Medical and sanitary report of the native army of Madras for the year
Year: 1878
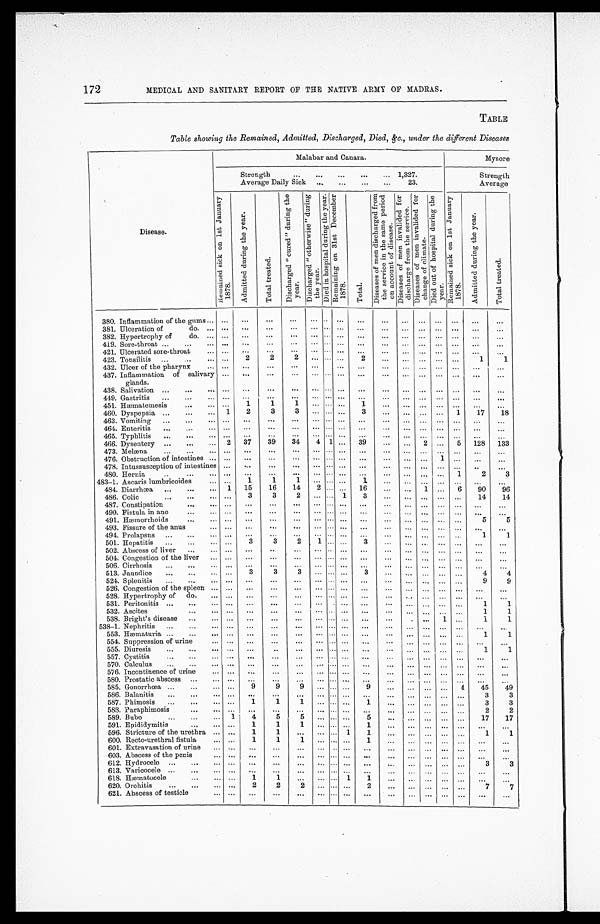
172
MEDICAL AND SANITARY REPORT OF THE NATIVE ARMY OF MADRAS.
TABLE
Table showing the Remained, Admitted, Discharged, Died, &c., under the different Diseases
Disease.
Malabar and Canara.
Mysore
Strength . . .
1,327.
Strength
Average Daily Sick . . .
23.
Average
R e m a i n e d s i c k o n 1 s t J a n u a r y 1 8 7 8 .
A d m i t t e d d u r i n g t h e y e a r .
T o t a l t r e a t e d .
D i s c h a r g e d " c u r e d " d u r i n g t h e y e a r .
D i s c h a r g e d " o t h e r w i s e " d u r i n g t h e y e a r .
D i e d i n h o s p i t a l d u r i n g t h e y e a r .
R e m a i n i n g o n 3 1 s t D e c e m b e r 1 8 7 8 .
T o t a l .
D i s e a s e s o f m e n d i s c h a r g e d f r o m t h e s e r v i c e i n t h e s a m e p e r i o d o n a c c o u n t o f d i s e a s .
D i s e a s e s o f m e n i n v a l i d e d f o r d i s c h a r g e f r o m t h e s e r v i c e .
D i s e a s e s o f m e n i n v a l i d e d f o r c h a n g e o f c l i m a t e .
D i e d o u t o f h o s p i t a l d u r i n g t h e y e a r .
R e m a i n e d s i c k o n s i c k o n 1 s t J a n u a r y 1 8 7 8 .
A d m i t t e d d u r i n g t h e y e a r .
T o t a l t r e a t e d .
380. Inflammation of the gums . . . . . .
. . .
. . .
. . .
. . .
. . . . . .
. . .
. . .
. . . . . . . . .
. . .
. . .
. . .
381. Ulceration of
do . . . . . .
. . .
. . .
. . .
. . .
. . . . . .
. . .
. . .
. . . . . . . . .
. . .
. . .
. . .
382. Hypertrophy of
do. . . . . .
. . .
. . .
. . .
. . .
. . . . . .
. . .
. . .
. . . . . . . . .
. . .
. . .
. . .
419. Sore-throat . . . . . .
. . .
. . .
. . .
. . .
. . . . . .
. . .
. . .
. . .
. . . . . .
. . .
. . .
. . .
421. Ulcerated sore-throat . . .
. . .
. . .
. . .
. . .
. . .
. . . . . .
. . .
. . .
. . . . . .
. . .
. . . . . .
. . .
423. Tonsilitis . . . . . .
2
2
2
. . .
. . . . . .
2
. . .
. . .
. . . . . .
. . .
1
1
432. Ulcer of the pharynx . . . . . .
. . .
. . .
. . .
. . .
. . . . . .
. . .
. . .
. . .
. . .
. . . . . .
. . .
. . .
437. Inflammation of salivary
glands.
. . .
. . .
. . .
. . .
. . .
. . . . . .
. . .
. . .
. . .
. . . . . .
. . .
. . .
. . .
438. Salivation
. . . . . .
. . .
. . .
. . .
. . .
. . .
. . .
. . .
. . .
. . . . . .
. . .
. . .
. . .
. . .
449. Gastritis . . . . . .
. . .
. . .
. . .
. . .
. . . . . .
. . .
. . .
. . .
. . .
. . .
. . .
. . .
. . .
1
1
451. Hæmatemesis . . . . . .
1
. . .
. . . . . .
1
. . .
. . .
. . .
. . .
. . .
. . .
. . .
460. Dyspepsia . . .
1
2
3
3
. . .
. . . . . .
3
. . .
. . .
. . .
. . .
1
1 7
1 8
463. Vomiting . . .
. . .
. . .
. . .
. . .
. . .
. . . . . .
. . .
. . .
. . .
. . .
. . .
. . .
. . .
. . .
464. Enteritis . . . . . .
. . .
. . . . . .
. . .
. . . . . .
. . .
. . .
. . .
. . .
. . .
. . .
. . .
. . .
465. Typhlitis . . . . . .
. . .
. . .
. . .
. . . . . . . . .
. . .
. . .
. . .
. . .
. . .
. . .
. . .
. . .
466. Dysentery . . . 2
37
39
34
4 1 . . .
39
. . .
. . .
2
. . .
5
128
133
473. Melæna . . . . . .
. . .
. . .
. . .
. . . . . . . . .
. . .
. . .
. . .
. . .
. . .
. . .
. . .
. . .
476. Obstruction of intestines . . . . . .
. . .
. . .
. . .
. . .
. . . . . .
. . .
. . .
. . .
. . . 1
. . .
. . .
. . .
478. Intussusception of intestines . . .
. . .
. . .
. . .
. . .
. . . . . .
. . .
. . .
. . .
. . .
. . .
. . .
. . .
. . .
480. Hernia . . . . . .
. . .
. . .
. . .
. . .
. . . . . .
. . .
. . .
. . .
. . .
. . .
1
2
3
483-1. Ascaris lumbricoides . . . . . .
1
1
1
. . .
. . . . . .
1
. . .
. . .
. . .
. . .
. . .
. . .
. . .
484. Diarrhœa . . . 1
15
16
14
2
. . . . . .
16
. . .
. . .
1
. . .
6
90
96
486. Colic . . . . . .
3
3
2
. . .
. . . 1
3
. . .
. . .
. . .
. . .
. . .
14
14
487. Constipation . . . . . .
. . .
. . .
. . .
. . . . . . . . .
. . .
. . .
. . .
. . .
. . . . . .
. . .
. . .
490. Fistula in ano . . . . . .
. . .
. . .
. . .
. . .
. . . . . .
. . .
. . .
. . . . . .
. . .
. . .
. . .
. . .
491. Hæmorrhoids . . . . . .
. . .
. . .
. . .
. . .
. . . . . .
. . .
. . .
. . .
. . .
. . .
. . .
5
5
493. Fissure of the anus . . . . . .
. . .
. . .
. . .
. . .
. . . . . .
. . .
. . .
. . .
. . .
. . .
. . . . . .
. . .
494. Prolapsus . . . . . .
. . .
. . .
. . .
. . .
. . . . . .
. . .
. . .
. . .
. . .
. . .
. . .
1
1
501. Hepatitis . . . . . .
3
3
2
1
. . . . . .
3
. . .
. . .
. . .
. . .
. . .
. . .
. . .
502. Abscess of liver . . .
. . .
. . .
. . .
. . .
. . .
. . . . . .
. . .
. . .
. . .
. . .
. . .
. . .
. . .
. . .
504. Congestion of the liver . . . . . .
. . .
. . .
. . .
. . .
. . . . . .
. . .
. . .
. . .
. . .
. . .
. . .
. . .
. . .
506. Cirrhosis . . .
. . .
. . .
. . .
. . .
. . .
. . . . . .
. . .
. . .
. . .
. . .
. . .
. . .
. . .
. . .
513. Jaundice . . .
. . .
3
3
3
. . .
. . . . . .
3
. . .
. . .
. . . . . .
. . .
4
4
524. Splenitis . . .
. . .
. . .
. . .
. . .
. . .
. . . . . .
. . .
. . .
. . .
. . . . . .
. . .
9
9
526. Congestion of the spleen . . . . . .
. . .
. . .
. . .
. . .
. . . . . .
. . .
. . .
. . . . . .
. . .
. . .
. . .
. . .
528. Hypertrophy of do. . . . . . .
. . .
. . .
. . .
. . .
. . . . . .
. . .
. . .
. . .
. . . . . . . . .
. . .
. . .
531. Peritonitis . . . . . .
. . .
. . .
. . .
. . .
. . . . . .
. . .
. . .
. . .
. . .
. . .
. . .
1
1
532. Ascites . . . . . .
. . .
. . .
. . .
. . .
. . . . . .
. . .
. . .
. . .
. . .
. . . . . .
1
1
538. Bright's disease . . . . . .
. . .
. . .
. . .
. . .
. . . . . .
. . .
. . .
. . . . . .
1 . . .
1
1
538-1. Nephritis . . . . . .
. . .
. . .
. . .
. . .
. . . . . .
. . .
. . .
. . .
. . .
. . .
. . .
. . .
. . .
553. Hæmaturia . . .
. . .
. . .
. . .
. . .
. . .
. . . . . .
. . .
. . .
. . .
. . .
. . .
. . .
1
1
554. Suppression of urine . . . . . .
. . .
. . .
. . .
. . .
. . . . . .
. . .
. . .
. . .
. . .
. . .
. . .
. . .
. . .
555. Diuresis . . .
. . . . . .
. . .
. . .
. . .
. . . . . .
. . .
. . .
. . .
. . .
. . .
. . .
1
1
557. Cystitis . . .
. . .
. . .
. . .
. . .
. . .
. . . . . .
. . .
. . .
. . .
. . .
. . .
. . .
. . .
. . .
570. Calculus . . . . . .
. . .
. . .
. . .
. . . . . . . . .
. . .
. . .
. . .
. . .
. . .
. . .
. . .
. . .
576. Incontinence of urine . . . . . .
. . .
. . .
. . .
. . .
. . . . . .
. . .
. . .
. . .
. . .
. . .
. . .
. . .
. . .
580. Prostatic abscess . . . . . .
. . .
. . .
. . .
. . .
. . . . . .
. . .
. . .
. . .
. . . . . .
. . .
. . .
. . .
585. Gonorrhœa . . . . . .
9
9
9
. . .
. . . . . .
9
. . .
. . .
. . .
. . .
4
45
49
586. Balanitis . . . . . .
. . .
. . .
. . .
. . .
. . . . . .
. . .
. . .
. . . . . .
. . .
. . .
3
3
587. Phimosis . . . . . .
1
1
1
. . .
. . . . . .
1
. . .
. . .
. . .
. . .
. . .
3
3
588. Paraphimosis . . . . . .
. . .
. . .
. . .
. . .
. . . . . .
. . .
. . .
. . .
. . .
. . .
. . .
2
2
589. Bubo . . . 1
4
5
5
. . .
. . . . . .
5
. . .
. . .
. . .
. . . . . .
17
17
591. Epididymitis . . . . . .
1
1
1
. . .
. . . . . .
1
. . .
. . . . . .
. . .
. . .
. . .
. . .
596. Stricture of the urethra . . . . . .
1
1
. . .
. . .
. . . 1
1
. . .
. . .
. . .
. . .
. . .
1
1
600. Recto-urethral fistula . . . . . .
1
1
1
. . . . . . . . .
1
. . .
. . . . . .
. . .
. . .
. . .
. . .
601. Extravasation of urine . . . . . .
. . .
. . .
. . .
. . .
. . . . . .
. . .
. . .
. . .
. . .
. . .
. . .
. . .
. . .
603. Abs c e s s of t he pe
n i s . . .
. . .
. . .
. . .
. . .
. . .
. . . . . .
. . .
. . .
. . .
. . .
. . .
. . .
. . .
. . .
6 1 2 . H y d r o c e l e . . . . . .
. . .
. . .
. . .
. . .
. . . . . .
. . .
. . .
. . .
. . .
. . .
. . .
3
3
613. Varicocele . . .
. . .
. . .
. . .
. . .
. . .
. . . . . .
. . .
. . .
. . .
. . .
. . .
. . .
. . .
. . .
618. Hæmatocele . . .
1
. . .
. . .
1
. . . . . . 1
1
. . .
. . .
. . .
. . .
. . .
. . .
. . .
620. Orchitis . . . . . .
2
2
2
. . .
2
. . . . . .
. . .
. . .
. . .
. . .
. . .
7
7
621. Abscess of testicle . . .
. . .
. . .
. . .
. . .
. . .
. . . . . .
. . .
. . .
. . .
. . .
. . .
. . .
. . .
. . .